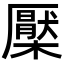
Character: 檿